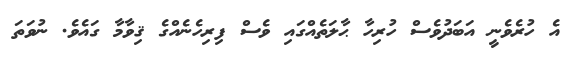
އެ ހުރެވެނީ އަބަދުވެސް ހުރިހާ ޙާލަތެއްގައި ވެސް ފިރިހެނެއްގެ ޤިވާމާ ގައެވެ. ނުވަތަ